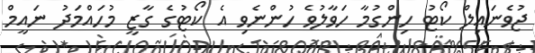
ޖުވެނައިލް ކޯޓު ހިންގުމާ ހަވާލުވެ ހުންނެވި އެ ކޯޓުގެ ގާޒީ މުހައްމަދު ނައީމް